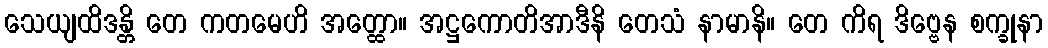
သေယျထိဒန္တိ တေ ကတမေဟိ အတ္ထော။ အဋ္ဌကောတိအာဒီနိ တေသံ နာမာနိ။ တေ ကိရ ဒိဗ္ဗေန စက္ခုနာ